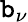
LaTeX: \mathtt{b}_{\nu}